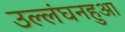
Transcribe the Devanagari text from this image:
उल्लंघनहुआ